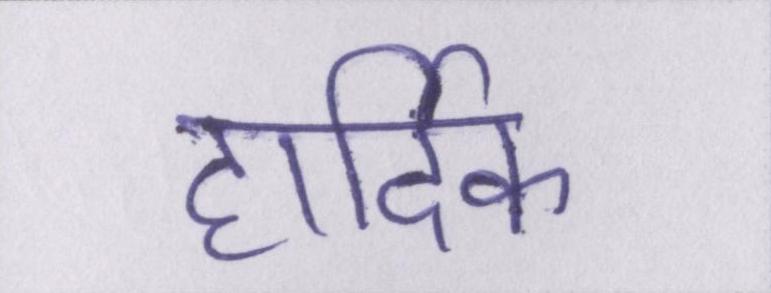
हार्दिक